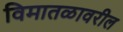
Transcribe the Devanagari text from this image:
विमातळावरील